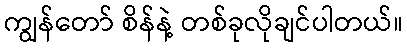
ကျွန်တော် စိန်နဲ့ တစ်ခုလိုချင်ပါတယ်။